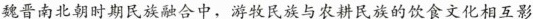
魏晋南北朝时期民族融合中，游牧民族与农耕民族的饮食文化相互影